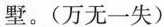
墅。(万无一失)